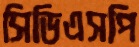
সিডিএসপি